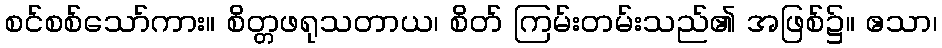
စင်စစ်သော်ကား။ စိတ္တဖရုသတာယ၊ စိတ် ကြမ်းတမ်းသည်၏ အဖြစ်၌။ ဧသာ၊